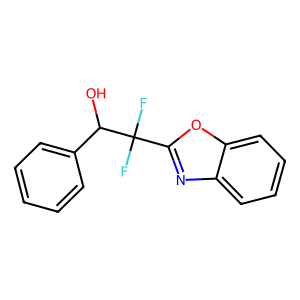
SMILES: OC(c1ccccc1)C(F)(F)c1nc2ccccc2o1
Inhibits HIV replication: No